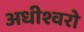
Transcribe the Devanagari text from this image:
अधीश्वरो